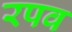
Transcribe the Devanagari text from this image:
रपव